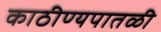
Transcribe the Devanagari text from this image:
काठीण्यपातळी